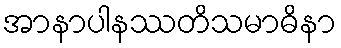
အာနာပါနဿတိသမာဓိနာ